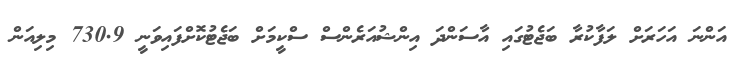
އަންނަ އަހަރަށް ލަފާކުރާ ބަޖެޓުގައި އާސަންދަ އިންޝުއަރެންސް ސްކީމަށް ބަޖެޓުކޮށްފައިވަނީ 730.9 މިލިއަން